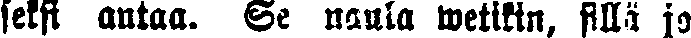
seksi antaa. Se naula wetikin, sillä jo